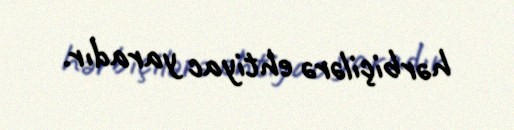
hərbiçilərə ehtiyac yaradır.